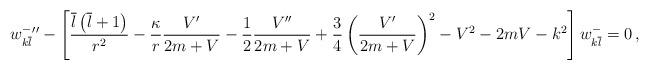
LaTeX: \begin{align*}w_{k\overline l}^-{''}-\left[\frac{\overline l\left(\overline l+1\right)}{ r^2}-\frac{\kappa}{r}\frac{V'}{2m+V}-\frac{1}{2}\frac{V''}{2m+V}+\frac{3}{4}\left(\frac{V'}{2m+V}\right)^2-V^2-2mV-k^2\right]w_{k\overline l}^-=0\,,\end{align*}